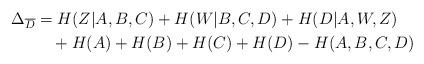
LaTeX: \begin{align*} \Delta_{\overline{D}} &= H(Z|A,B,C) + H(W|B,C,D) + H(D|A,W,Z)\\ &\ \ \ + H(A) + H(B) + H(C) + H(D) - H(A,B,C,D)\end{align*}